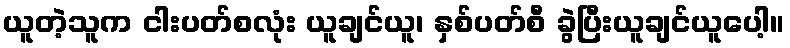
ယူတဲ့သူက ငါးပတ်စလုံး ယူချင်ယူ၊ နှစ်ပတ်စီ ခွဲပြီးယူချင်ယူပေါ့။